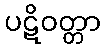
ပဋိဝတ္တာ